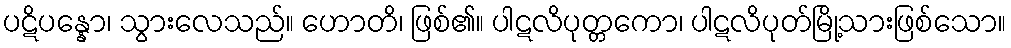
ပဋိပန္နော၊ သွားလေသည်။ ဟောတိ၊ ဖြစ်၏။ ပါဋလိပုတ္တကော၊ ပါဋလိပုတ်မြို့သားဖြစ်သော။